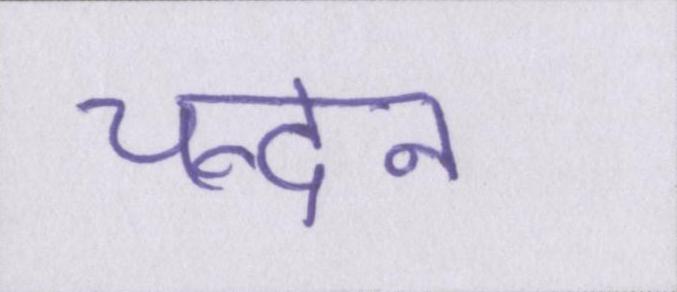
चन्दन